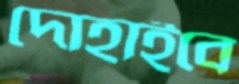
দোহাইবে